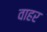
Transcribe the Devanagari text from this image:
वाहर